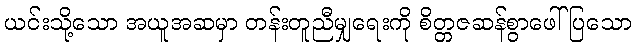
ယင်းသို့သော အယူအဆမှာ တန်းတူညီမျှရေးကို စိတ္တဇဆန်စွာဖေါ်ပြသော